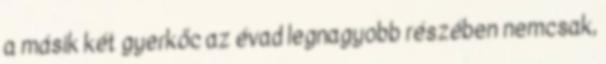
a másik két gyerkőc az évad legnagyobb részében nemcsak,